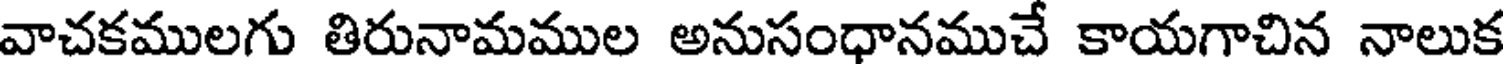
వాచకములగు తిరునామముల అనుసంధానముచే కాయగాచిన నాలుక